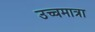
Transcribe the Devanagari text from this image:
उच्चमात्रा